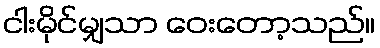
ငါးမိုင်မျှသာ ဝေးတော့သည်။